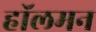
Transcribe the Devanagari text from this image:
हॉलमन